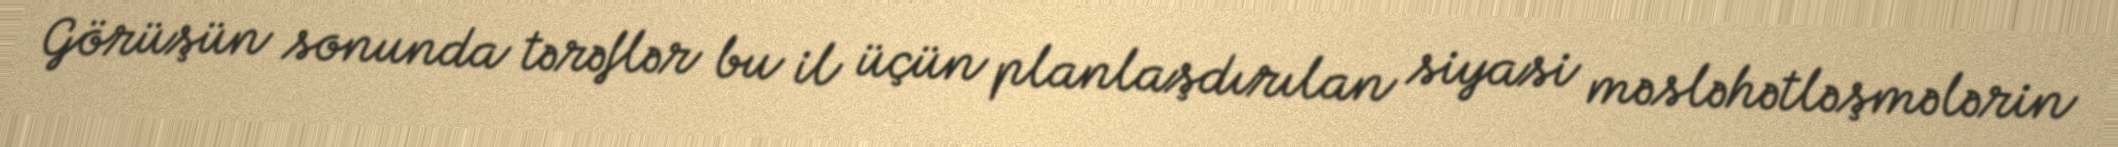
Görüşün sonunda tərəflər bu il üçün planlaşdırılan siyasi məsləhətləşmələrin